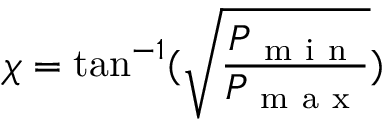
\chi = \tan ^ { - 1 } ( \sqrt { \frac { P _ { \mathrm { ~ m ~ i ~ n ~ } } } { P _ { \mathrm { ~ m ~ a ~ x ~ } } } } )